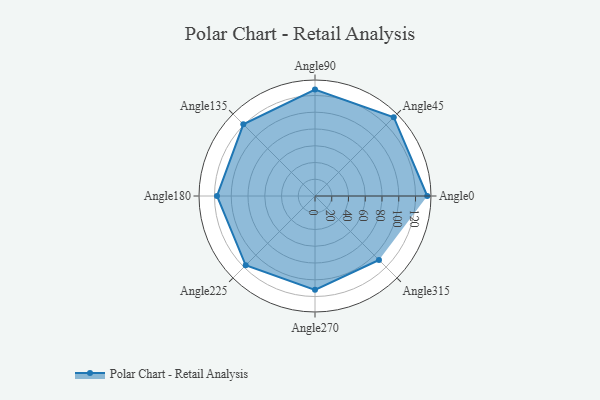
{"axis": {"x": "Angle", "y": "Radius"}, "legend": [""], "data": [{"x": "Angle0", "y": 134.0, "type": ""}, {"x": "Angle45", "y": 133.0, "type": ""}, {"x": "Angle90", "y": 127.0, "type": ""}, {"x": "Angle135", "y": 121.0, "type": ""}, {"x": "Angle180", "y": 117.0, "type": ""}, {"x": "Angle225", "y": 117.0, "type": ""}, {"x": "Angle270", "y": 112.0, "type": ""}, {"x": "Angle315", "y": 108.0, "type": ""}]}